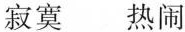
寂寞 热闹